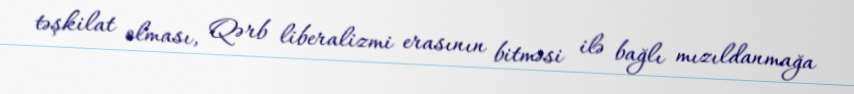
təşkilat olması, Qərb liberalizmi erasının bitməsi ilə bağlı mızıldanmağa